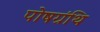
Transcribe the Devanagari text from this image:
पोषग्रंथि